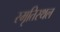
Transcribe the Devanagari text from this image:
स्मृतिस्थल